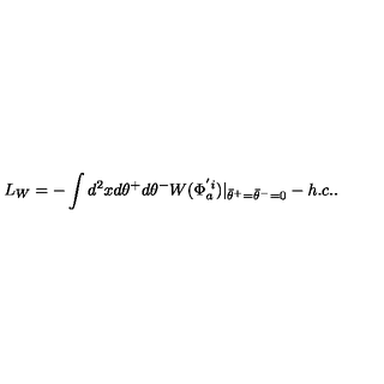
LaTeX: L _ { W } = - \int d ^ { 2 } x d \theta ^ { + } d \theta ^ { - } W ( \Phi _ { a } ^ { ' i } ) | _ { { \bar { \theta } } ^ { + } = { \bar { \theta } } ^ { - } = 0 } - h . c . .